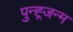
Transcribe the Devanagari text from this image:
पुन्ह्र्जन्म